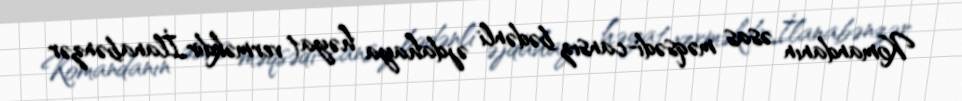
Komandanın əsas məqsədi-cansız bədənli əjdahaya həyat verməkdir.İlanabənzər